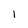
Character: 1